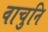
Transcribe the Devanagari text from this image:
वाचुनि